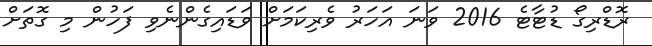
ރޮޑްރިގޯ ޑުޓާޓެ 2016 ވަނަ އަހަރު ވެރިކަމަށް ވަޑައިގެންނެވި ފަހުން މި ގޮތަށް